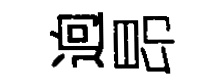
逈昂